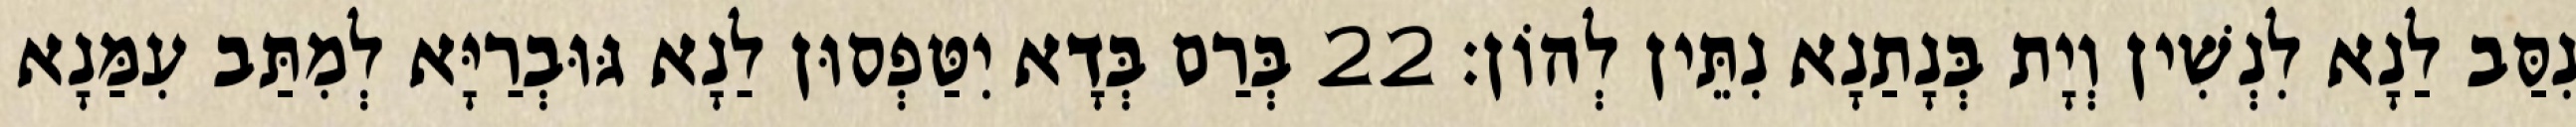
נִסַּב לַנָא לִנְשִׁין וְיָת בְּנָתַנָא נִתֵּין לְהוֹן׃ 22 בְּרַם בְּדָא יִטַּפְסוּן לַנָא גּוּבְרַיָּא לְמִתַּב עִמַּנָא